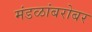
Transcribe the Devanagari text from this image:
मंडळांबरोबर